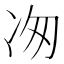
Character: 𭂉